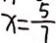
x = \frac { 5 } { 7 }